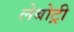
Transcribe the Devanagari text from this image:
लेबोट्री